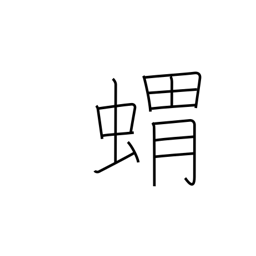
Meaning: hedgehog